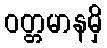
ဝတ္တမာနမှိ